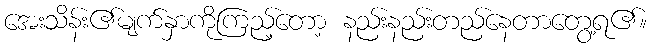
အေးသိန်း၏မျက်နှာကိုကြည့်တော့ နည်းနည်းတည်နေတာတွေ့ရ၏။